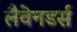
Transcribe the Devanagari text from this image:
लैवेनडर्स